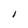
Character: I